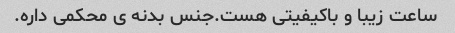
ساعت زیبا و باکیفیتی هست.جنس بدنه ی محکمی داره.